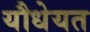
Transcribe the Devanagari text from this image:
यौधेयत